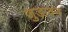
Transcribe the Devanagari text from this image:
जुड़ावन